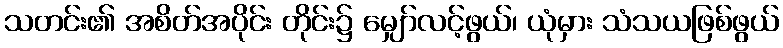
သတင်း၏ အစိတ်အပိုင်း တိုင်း၌ မျှော်လင့်ဖွယ်၊ ယုံမှား သံသယဖြစ်ဖွယ်